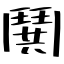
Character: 鬨